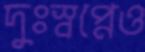
দুঃস্বপ্নেও